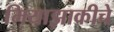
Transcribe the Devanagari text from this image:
मियाझाकीचे